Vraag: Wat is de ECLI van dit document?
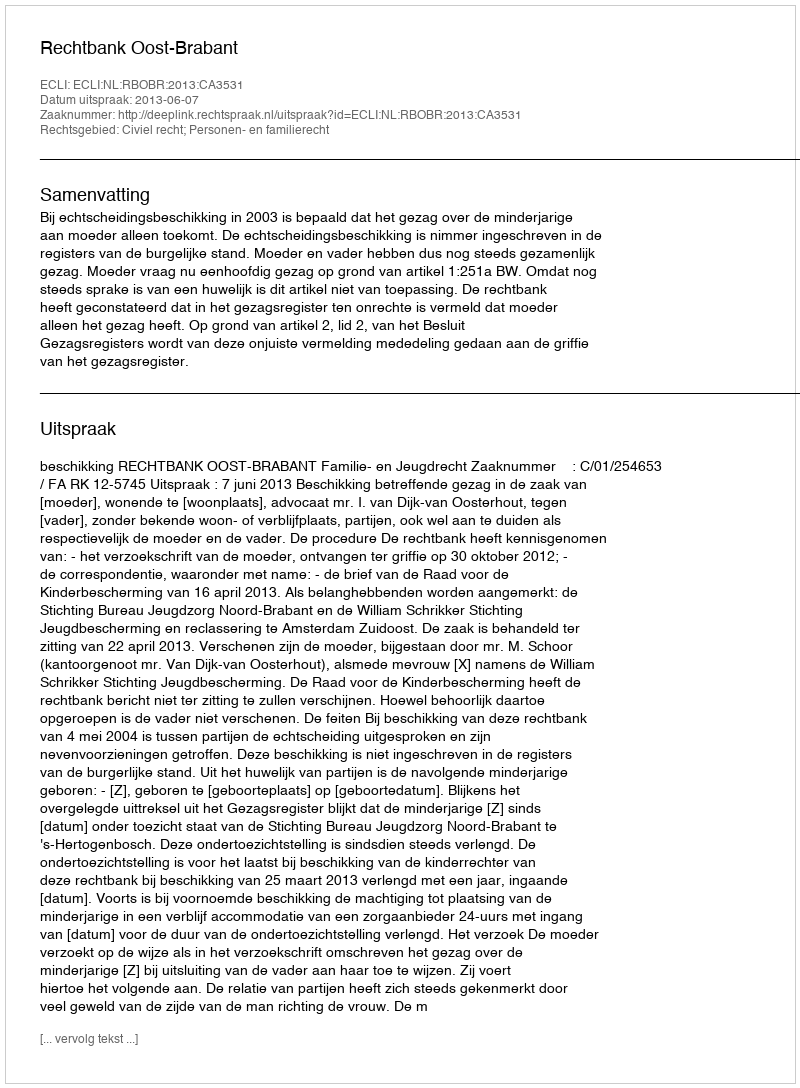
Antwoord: ECLI:NL:RBOBR:2013:CA3531